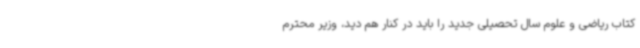
کتاب ریاضی و علوم سال تحصیلی جدید را باید در کنار هم دید، وزیر محترم